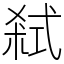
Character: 弒